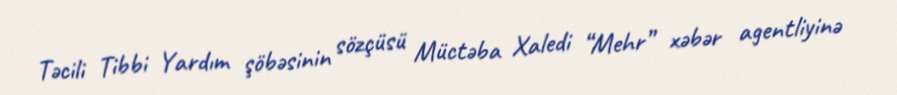
Təcili Tibbi Yardım şöbəsinin sözçüsü Müctəba Xaledi “Mehr” xəbər agentliyinə